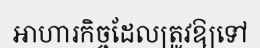
អាហារកិច្ចដែលត្រូវឱ្យទៅ